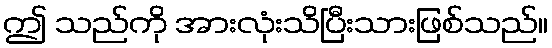
ဤ သည်ကို အားလုံးသိပြီးသားဖြစ်သည်။